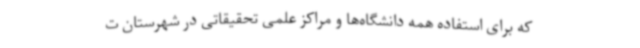
که برای استفاده همه دانشگاه‌ها و مراکز علمی تحقیقاتی در شهرستان ت